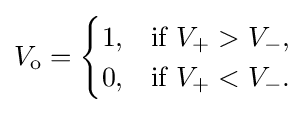
V_{\text{o}}={\begin{cases}1,&{\text{if }}V_{+}>V_{-},\\0,&{\text{if }}V_{+}<V_{-}.\end{cases}}